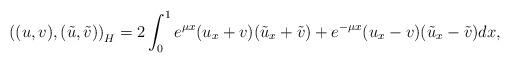
LaTeX: \begin{align*}\left((u,v),(\tilde u,\tilde v)\right)_{H} = 2\int_0^1 e^{\mu x}(u_x+v)(\tilde u_x +\tilde v) + e^{-\mu x}(u_x-v)(\tilde u_x-\tilde v)dx,\end{align*}